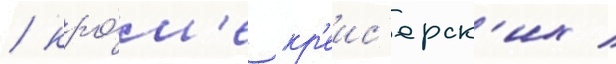
/ кро́м'е кр'еис'ерск'их /